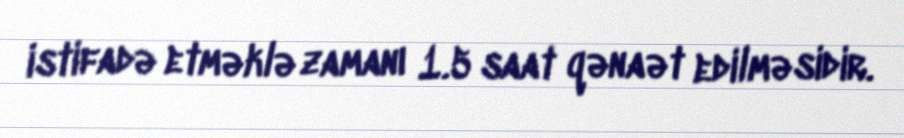
istifadə etməklə zamanı 1.5 saat qənaət edilməsidir.